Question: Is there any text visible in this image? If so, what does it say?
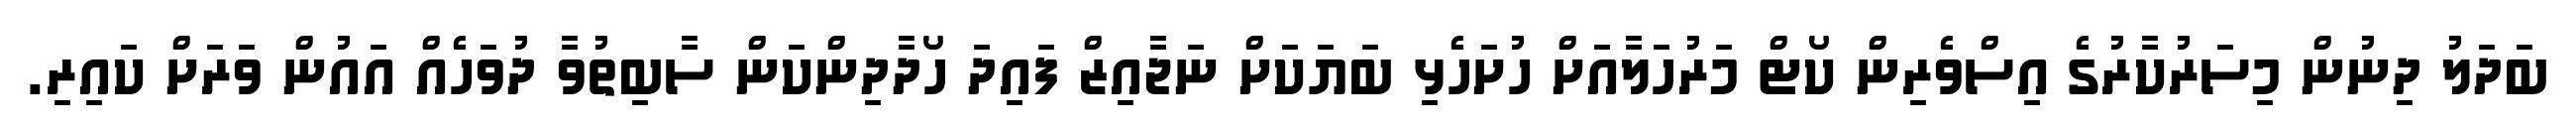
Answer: ބަދަލު ދިނުން މިސަރުކާރުގެ އިސްވެރިން ކޯޓް މަރުހަލާއަށް ހުށަހެޅި ބަޔަކަށް ނަޖާއިޒް ފައިދަ ހޯދާދިންކަން ސާބިތުވާ ދުވަހެއް އައުން ވަރަށް ކައިރި.